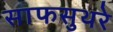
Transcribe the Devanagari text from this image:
साफसुथरे